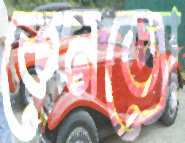
কেনজো